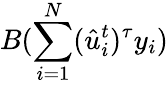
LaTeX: B({\sum_{i=1}^{N}(\hat{u}_{i}^{t})^{\tau}{y}_{i}})